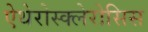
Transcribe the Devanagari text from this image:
ऐथेरोस्क्लेरोसिस